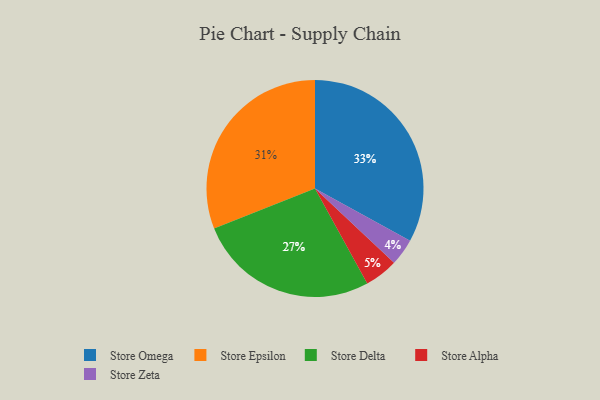
{"axis": {"x": "Category", "y": "Percentage"}, "legend": ["Store Alpha", "Store Delta", "Store Epsilon", "Store Omega", "Store Zeta"], "data": [{"x": "Store Epsilon", "y": 31, "type": "Store Epsilon"}, {"x": "Store Delta", "y": 27, "type": "Store Delta"}, {"x": "Store Alpha", "y": 5, "type": "Store Alpha"}, {"x": "Store Zeta", "y": 4, "type": "Store Zeta"}, {"x": "Store Omega", "y": 33, "type": "Store Omega"}]}